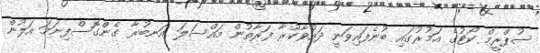
ސުޕްރީމް ކޯޓުގެ އަމުރުގައި ބުނެފައިވަނީ ދައުވާކުރާ ފަރާތުން މައްސަލަ އަނބުރާ ގެންގޮސްފިނަމަ އަލުން